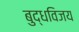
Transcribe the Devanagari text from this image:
बुद्धविजय